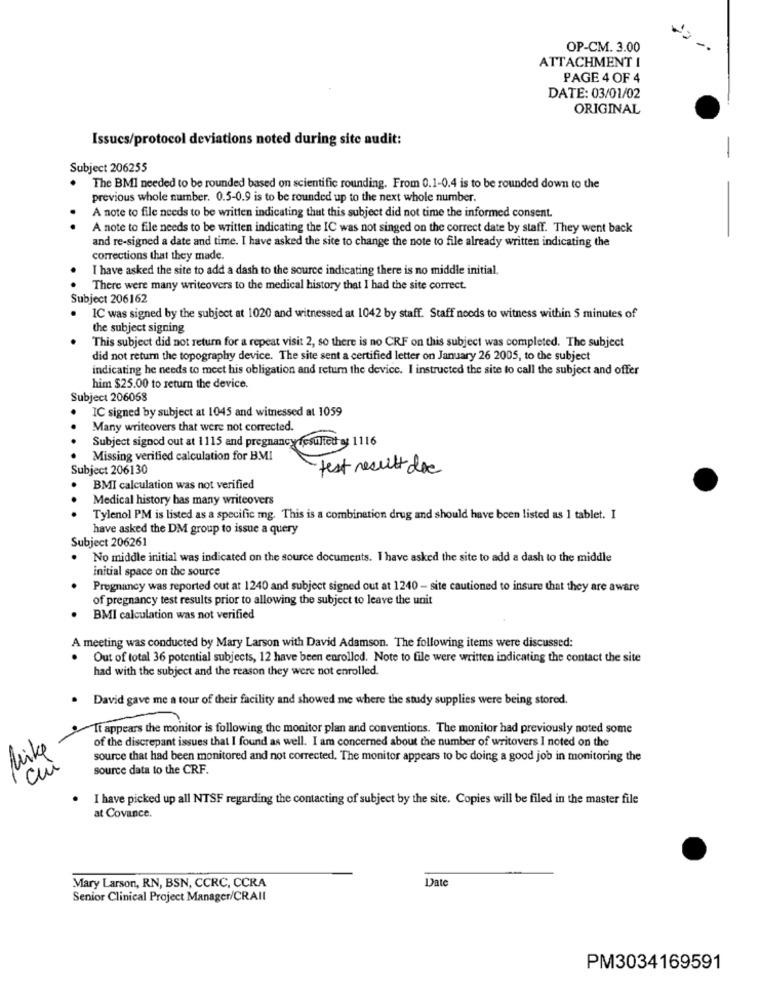
OP-CM. 3.00
ATTACHMENT I
PAGE 4 OF 4
DATE: 03/01/02
ORIGINAL
Issucs/protocol deviations noted during site audit:
Subject 206255
The BMI needed to be rounded based on scientific rounding. From 0.1-0.4 is to be rounded down to the
previous whole number. 0.5-0.9 is to be rounded up to the next whole number.
A note to file needs to be written indicating that this subject did not time the informed consent.
A note to file needs to be written indicating the IC was not singed on the correct date by staff. They went back
and re-signed a date and time. I have asked the site to change the note to file already written indicating the
corrections that they made.
I have asked the site to add a dash to the source indicating there is no middle initial.
There were many writeovers to the medical history that I had the site correct.
Subject 206162
IC was signed by the subject at 1020 and witnessed at 1042 by staff. Staff noods to witness within 5 minutes of
the subject signing
This subject did not return for a repeat visit 2, so there is no CRF on this subject was completed. The subject
did not return the topography device. The site sent a certified letter on January 26 2005, to the subject
indicating he needs to meet his obligation and return the device. I instructed the site to call the subject and offer
him $25.00 to return the device.
Subject 206068
IC signed by subject at 1045 and witnessed at 1059
..
Many writeovers that were not corrected.
-
Subject signed out at 1115 and pregnancy fesultet ag 1116
Missing verified calculation for BMI
Subject 206130
test result doc
BMI calculation was not verified
Medical history has many writeovers
.. .
Tylenol PM is listed as a specific mg. This is a combination drug and should have been listed as 1 tablet. I
have asked the DM group to issue a query
Subject 206261
.
No middle initial was indicated on the source documents. I have asked the site to add a dash to the middle
initial space on the source
..
Pregnancy was reported out at 1240 and subject signed out at 1240 - site cautioned to insure that they are aware
of pregnancy test results prior to allowing the subject to leave the unit
BMI calculation was not verified
A meeting was conducted by Mary Larson with David Adamson. The following items were discussed:
Out of total 36 potential subjects, 12 have been enrolled. Note to file were written indicating the contact the site
had with the subject and the reason they were not enrolled.
. David gave me a tour of their facility and showed me where the study supplies were being stored.
It appears the monitor is following the monitor plan and conventions. The monitor had previously noted some
of the discrepant issues that I found as well. I am concerned about the number of writovers I noted on the
Mike
source that had been monitored and not corrected, The monitor appears to be doing a good job in monitoring the
cui
source data to the CRF.
I have picked up all NTSF regarding the contacting of subject by the site. Copies will be filed in the master file
at Covance.
Date
Mary Larson, RN, BSN, CCRC, CCRA
Senior Clinical Project Manager/CRAIl
PM3034169591